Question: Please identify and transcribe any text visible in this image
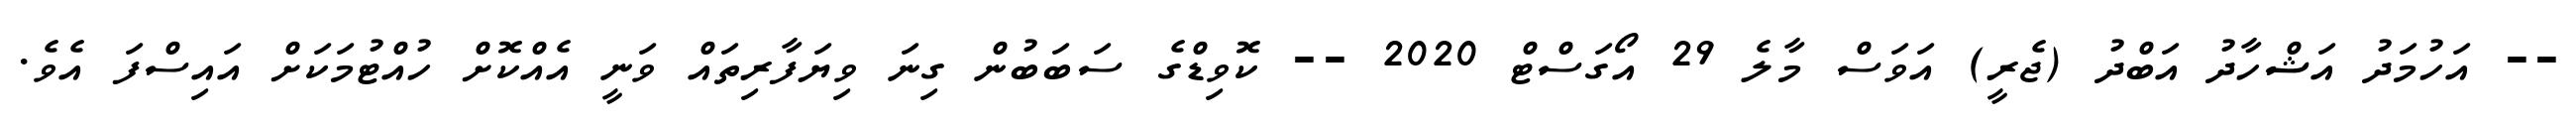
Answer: -- އަހުމަދު އަޝްހާދު އަބްދު (ޖެރީ) އަވަސް މާލެ 29 އޯގަސްޓް 2020 -- ކޮވިޑްގެ ސަބަބުން ގިނަ ވިޔަފާރިތައް ވަނީ އެއްކޮށް ހުއްޓުމަކަށް އައިސްފަ އެވެ.